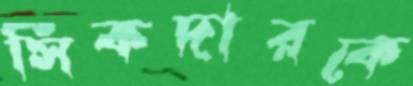
সিকদারকে